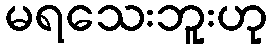
မရသေးဘူးဟု